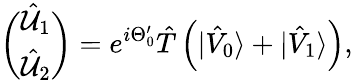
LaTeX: \binom{\hat{{\cal U}}_{1}}{\hat{{\cal U}}_{2}}=e^{i\Theta_{0}^{\prime}}\hat{T}\left(|\hat{V}_{0}\rangle+|\hat{V}_{1}\rangle\right),